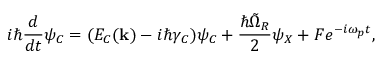
i \hbar \frac { d } { d t } \psi _ { C } = ( E _ { C } ( { \bf k } ) - i \hbar \gamma _ { C } ) \psi _ { C } + \frac { \hbar \tilde { \Omega } _ { R } } { 2 } \psi _ { X } + F e ^ { - i \omega _ { p } t } ,